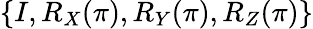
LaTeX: \{ I,R_{X}(\pi),R_{Y}(\pi),R_{Z}(\pi)\}